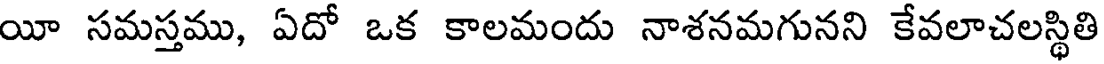
యీ సమస్తము, ఏదో ఒక కాలమందు నాశనమగునని కేవలాచలస్థితి